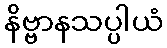
နိဗ္ဗာနသပ္ပါယံ